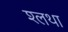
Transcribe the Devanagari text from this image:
श्लथा